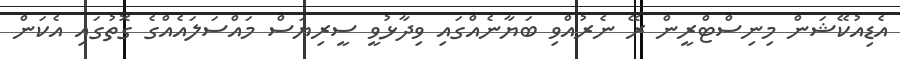
އެޑިއުކޭޝަން މިނިސްޓްރީން ރޭ ނެރުއްވި ބަޔާނެއްގައި ވިދާޅުވީ ސީރިޔަސް މައްސަލައެއްގެ ގޮތުގައި އެކަން